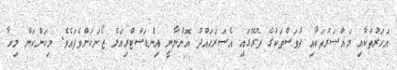
އަހަރުތަކާއި މައްސަރުތަކާއި ދުވަސްތަކުގެ ތެރޭގައި އެސަރަޙައްދު އޮންނާނީ އިންޑަސްޓްރިއަލް ޒޯނަކަށްވެފައެވެ. މިކަންކަން މިހާ